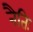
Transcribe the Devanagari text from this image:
नैतिः